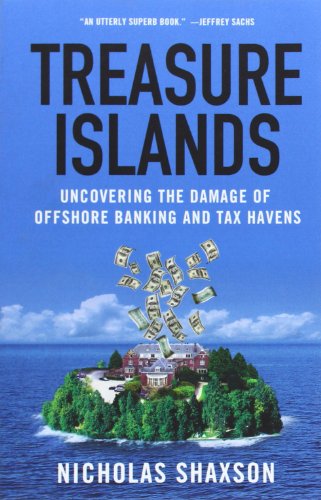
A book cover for Treasure Islands: Uncovering the Damage of Offshore Banking and Tax Havens; Nicholas Shaxson; Law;